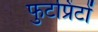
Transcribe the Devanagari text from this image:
फुटप्रिंटों